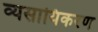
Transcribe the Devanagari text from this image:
व्यसायिकरण